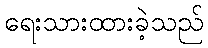
ရေးသားထားခဲ့သည်